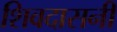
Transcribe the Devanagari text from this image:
शिवदासनी